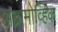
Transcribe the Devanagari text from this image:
अब्रामोव्हिक